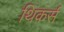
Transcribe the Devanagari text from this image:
थिंकर्स